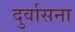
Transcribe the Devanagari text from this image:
दुर्वासना